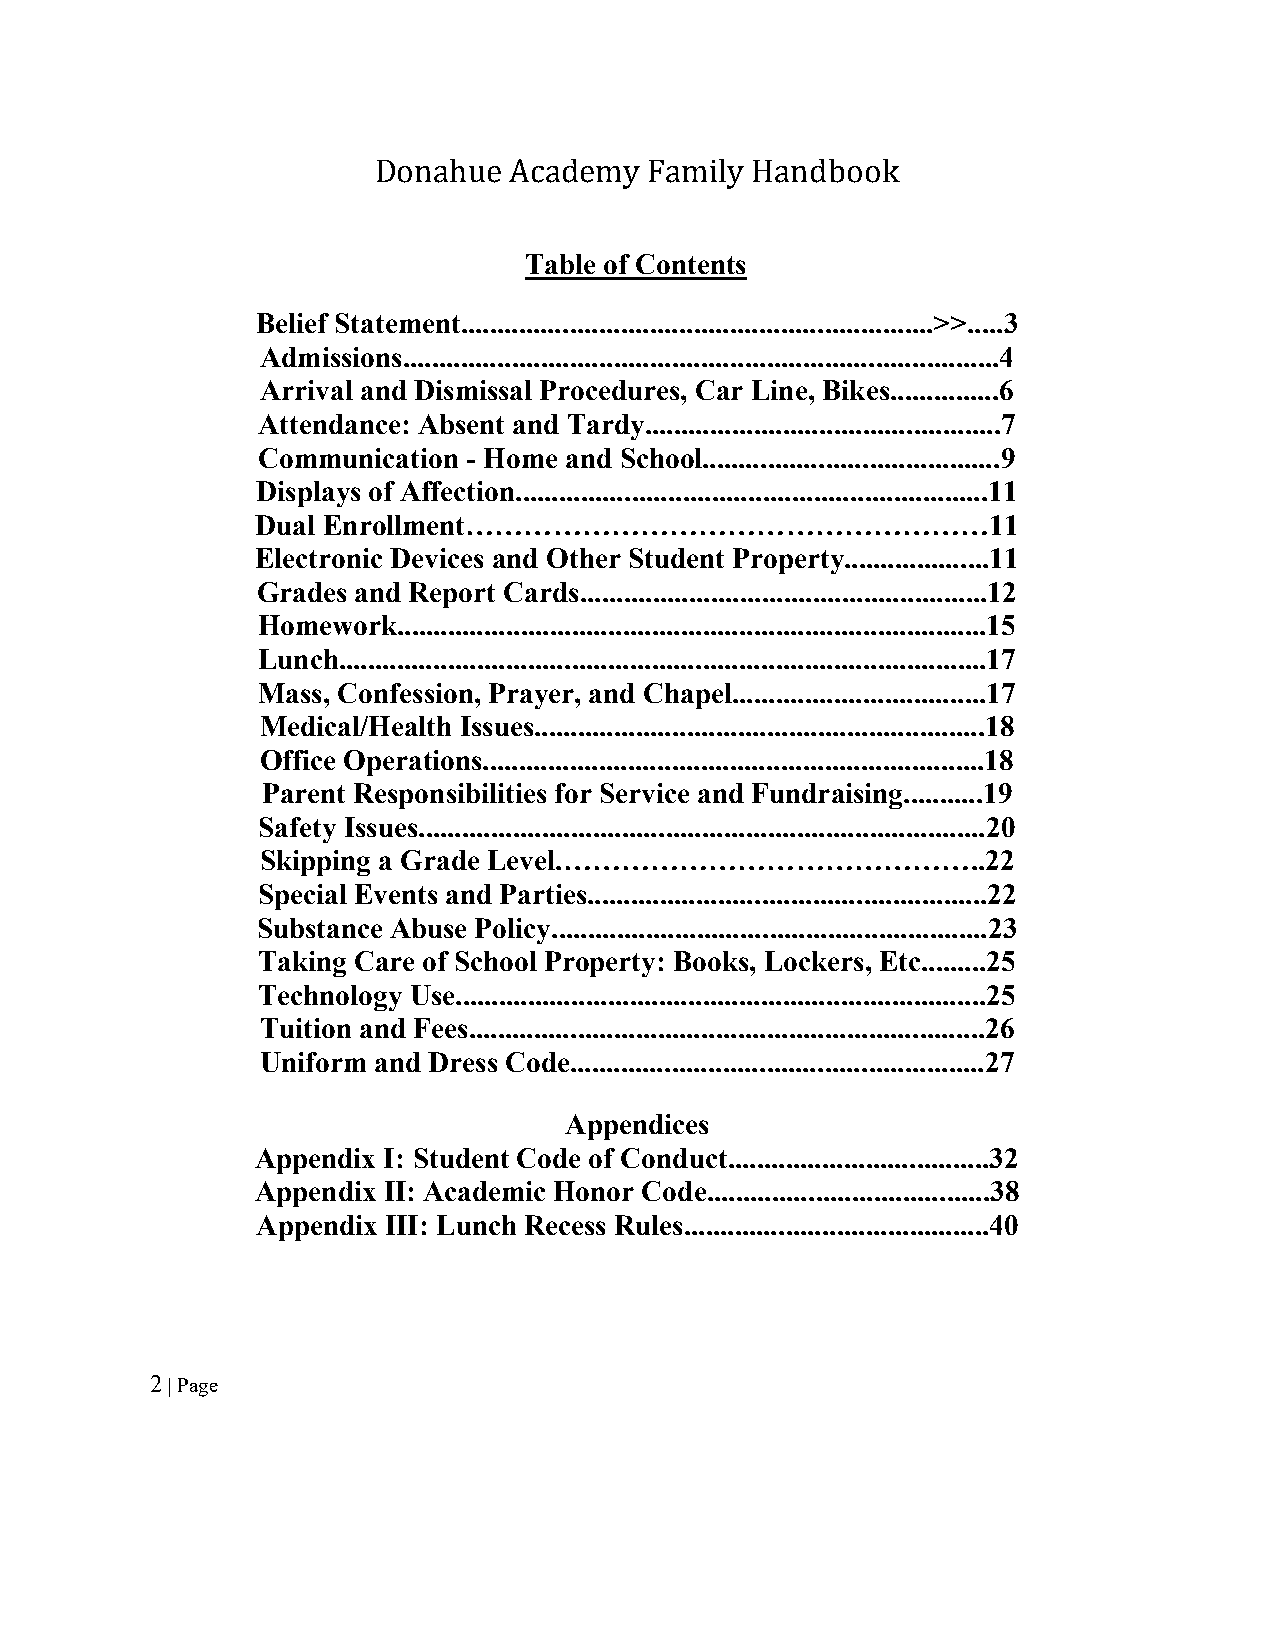
Donahue  Academy  Family Handbook
 Table of Contents
 Belief Statement.................................................................>>.....3
 Admissions..................................................................................4
 Arrival and Dismissal Procedures, Car Line, Bikes...............6
 Attendance: Absent and Tardy.................................................7
 Communication - Home and School.........................................9
 Displays of Affection.................................................................11
 Dual Enrollment………………………………………………11
 Electronic Devices and Other Student Property....................11
 Grades and Report Cards........................................................12
 Homework.................................................................................15
 Lunch.........................................................................................17
 Mass, Confession, Prayer, and Chapel...................................17
 Medical/Health Issues..............................................................18
 Office Operations.....................................................................18
 Parent Responsibilities for Service and Fundraising...........19
 Safety Issues..............................................................................20
 Skipping a Grade Level.……………………………………..22
 Special Events and Parties.......................................................22
 Substance Abuse Policy............................................................23
 Taking Care of School Property: Books, Lockers, Etc.........25
 Technology Use.........................................................................25
 Tuition and Fees.......................................................................26
 Uniform and Dress Code.........................................................27
 Appendices
 Appendix I: Student Code of Conduct....................................32
 Appendix II: Academic Honor Code.......................................38
 Appendix III: Lunch Recess Rules..........................................40
 2 | Page